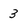
Character: 3